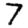
Digit: 7